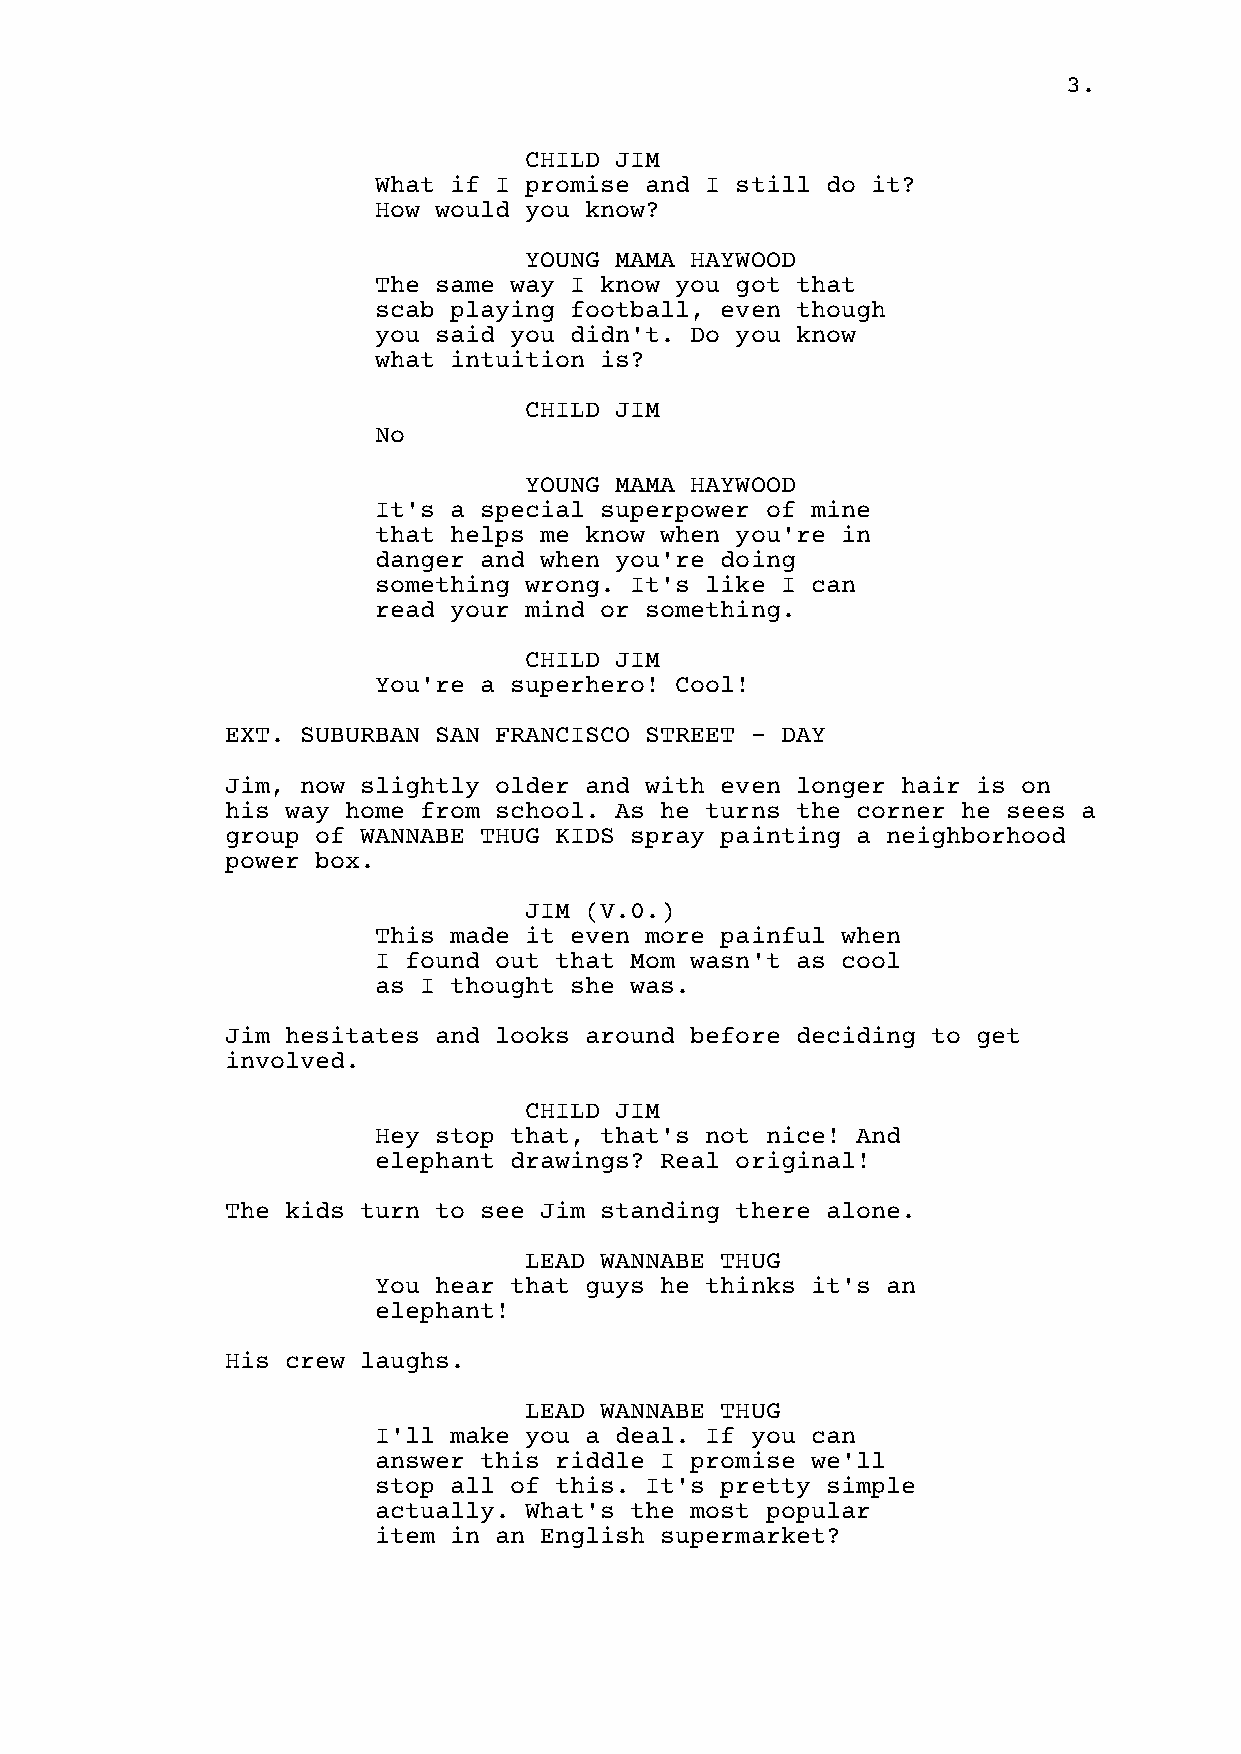
3.
 CHILD JIM
 What if I promise and I still do it?
 How would you know?
 YOUNG MAMA HAYWOOD
 The same way I know you got that
 scab playing football, even though
 you said you didn't. Do you know
 what intuition is?
 CHILD JIM
 No
 YOUNG MAMA HAYWOOD
 It's a special superpower of mine
 that helps me know when you're in
 danger and when you're doing
 something wrong. It's like I can
 read your mind or something.
 CHILD JIM
 You're a superhero! Cool!
 EXT. SUBURBAN SAN FRANCISCO STREET - DAY
 Jim, now slightly older and with even longer hair is on
 his way home from school. As he turns the corner he sees a
 group of WANNABE THUG KIDS spray painting a neighborhood
 power box.
 JIM (V.0.)
 This made it even more painful when
 I found out that Mom wasn't as cool
 as I thought she was.
 Jim hesitates and looks around before deciding to get
 involved.
 CHILD JIM
 Hey stop that, that's not nice! And
 elephant drawings? Real original!
 The kids turn to see Jim standing there alone.
 LEAD WANNABE THUG
 You hear that guys he thinks it's an
 elephant!
 His crew laughs.
 LEAD WANNABE THUG
 I'll make you a deal. If you can
 answer this riddle I promise we'll
 stop all of this. It's pretty simple
 actually. What's the most popular
 item in an English supermarket?